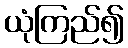
ယုံကြည်၍